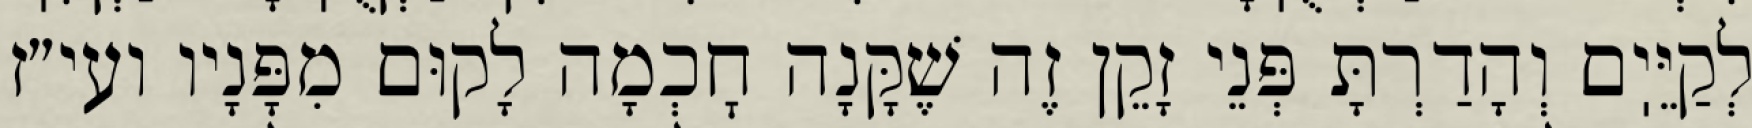
לְקַיֵּיֽם וְהָדַרְתָּ פְּנֵי זָקֵן זֶה שֶׁקָּנָה חׇכְמָה לָקוּם מִפָּנָיו ועי״ז